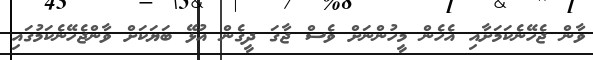
ވާން ޖެހޭނެކަމަށާއި އެހެން މީހުންނަށް ވެސް ޖާގަ ދީގެން އުޅޭ ބަޔަކަށް ވާންޖެހޭނެކަމުގައި